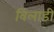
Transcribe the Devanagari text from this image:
विलाडी